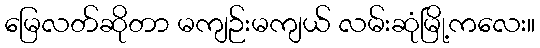
မြေလတ်ဆိုတာ မကျဉ်းမကျယ် လမ်းဆုံမြို့ကလေး။